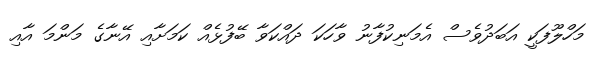
މަހްލޫފަކީ އަބަދުވެސް އެމަނިކުފާނު ވާހަކަ ދައްކަވާ ބޭފުޅެއް ކަމަށާއި އޭނާގެ މަންމަ އާއި